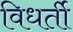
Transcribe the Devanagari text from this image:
विधर्ती